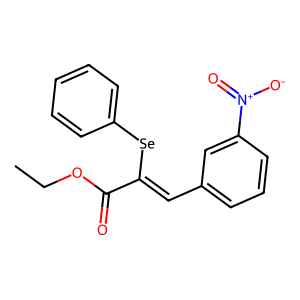
SMILES: CCOC(=O)C(=Cc1cccc([N+](=O)[O-])c1)[Se]c1ccccc1
Inhibits HIV replication: No